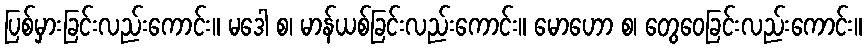
ပြစ်မှားခြင်းလည်းကောင်း။ မဒေါ စ၊ မာန်ယစ်ခြင်းလည်းကောင်း။ မောဟော စ၊ တွေဝေခြင်းလည်းကောင်း။